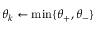
\theta _ { k } \gets \operatorname* { m i n } \{ \theta _ { + } , \theta _ { - } \}